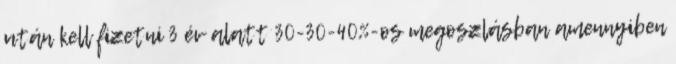
után kell fizetni 3 év alatt 30-30-40%-os megoszlásban amennyiben